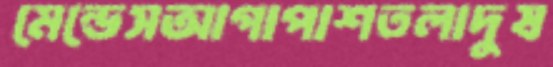
মেন্ডেসআগাপাশতলাদুষ